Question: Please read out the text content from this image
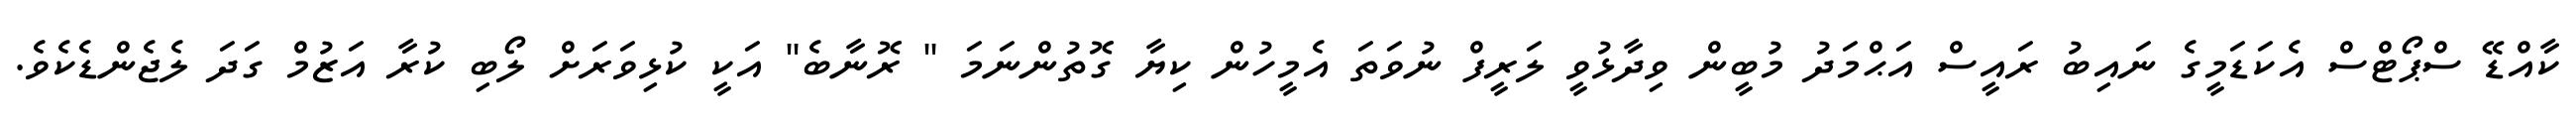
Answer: ކާއްޑޭ ސްޕޯޓްސް އެކަޑަމީގެ ނައިބު ރައީސް އަޙްމަދު މުބީން ވިދާޅުވީ ލަރީފް ނުވަތަ އެމީހުން ކިޔާ ގޮތުންނަމަ " ރޮނާބެ" އަކީ ކުޅިވަރަށް ލޯބި ކުރާ އަޒުމް ގަދަ ލެޖެންޑެކެވެ.